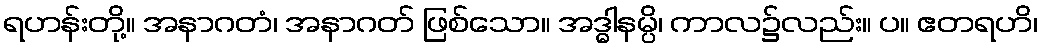
ရဟန်းတို့။ အနာဂတံ၊ အနာဂတ် ဖြစ်သော။ အဒ္ဓါနမ္ပိ၊ ကာလ၌လည်း။ ပ။ ဧတရဟိ၊